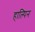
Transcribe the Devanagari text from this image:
हाल्पिन